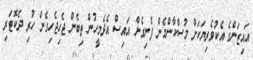
އައިޒަންގެ އެކުވެރިޔަކަށް މުސްކާންމެން ފެނިގެން އައިސް އެދެމީހުން ތިބެން ޖެހިޖެހިގެން ހުރި ދެކޮޓަރި